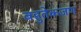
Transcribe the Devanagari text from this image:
बहुतेकजण